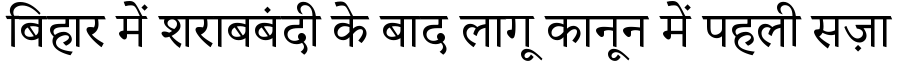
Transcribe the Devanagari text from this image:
बिहार में शराबबंदी के बाद लागू कानून में पहली सज़ा